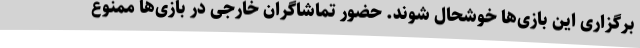
برگزاری این بازی‌ها خوشحال شوند. حضور تماشاگران خارجی در بازی‌ها ممنوع